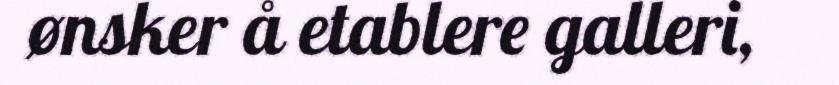
ønsker å etablere galleri,